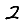
Digit: 2